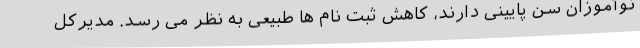
نوآموزان سن پایینی دارند، کاهش ثبت نام ها طبیعی به نظر می رسد. مدیرکل